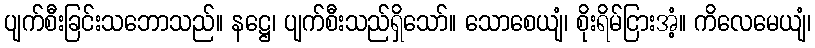
ပျက်စီးခြင်းသဘောသည်။ နဋ္ဌေ၊ ပျက်စီးသည်ရှိသော်။ သောစေယျံ၊ စိုးရိမ်ငြားအံ့။ ကိလေမေယျံ၊